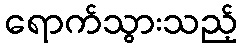
ရောက်သွားသည့်